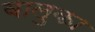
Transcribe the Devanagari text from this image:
वालुका